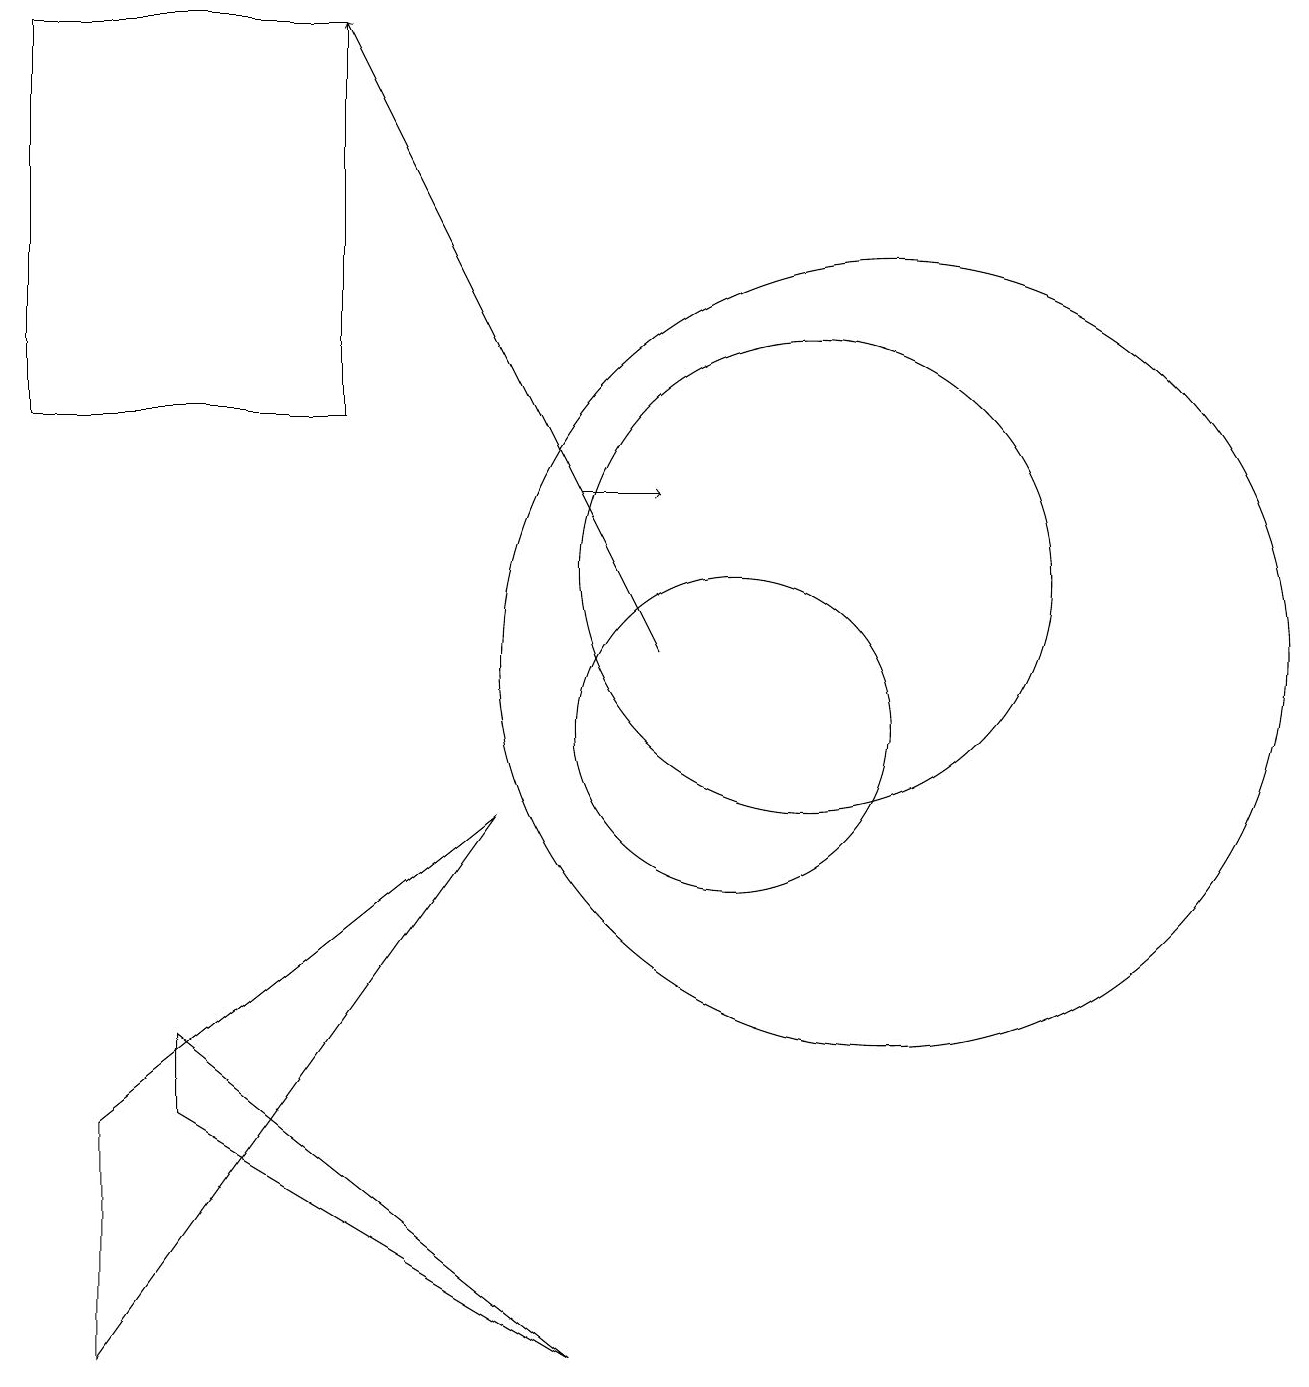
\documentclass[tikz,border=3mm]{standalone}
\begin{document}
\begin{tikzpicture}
\draw[->] (9,11) -- (5,19);
\draw (10,10) circle (2);
\draw (11,12) circle (3);
\draw (7,9) -- (2,5) -- (2,2) -- cycle;
\draw (3,5) -- (8,2) -- (3,6) -- cycle;
\draw (1,14) rectangle (5,19);
\draw[->] (8,13) -- (9,13);
\draw (12,11) circle (5);
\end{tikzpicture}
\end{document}